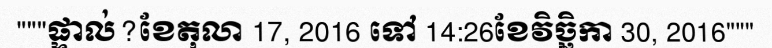
"""ផ្ទាល់?ខែតុលា 17, 2016 ទៅ 14:26ខែវិច្ឆិកា 30, 2016"""